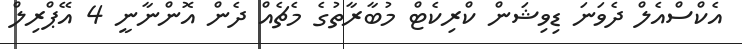
އެކްްސްއެލް ދެވަނަ ޑިވިޝަން ކްރިކެޓް މުބާރާތުގެ މެޗެއް ދެން އޮންނާނީ 4 އޭޕްރިލް